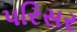
પરિસર